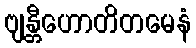
ဗျန္တီဟောတိတမေနံ